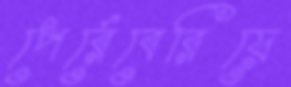
পের্রেবেরিয়ে